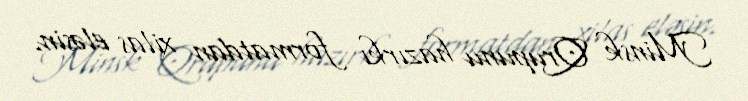
Minsk Qrupunu hazırkı formatdan xilas eləsin.